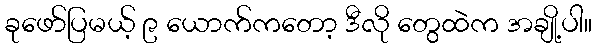
ခုဖော်ပြမယ့် ၉ ယောက်ကတော့ ဒီလို တွေထဲက အချို့ပါ။